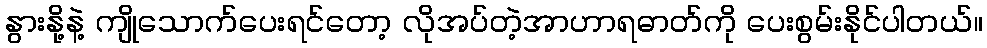
နွားနို့နဲ့ ကျိုသောက်ပေးရင်တော့ လိုအပ်တဲ့အာဟာရဓာတ်ကို ပေးစွမ်းနိုင်ပါတယ်။